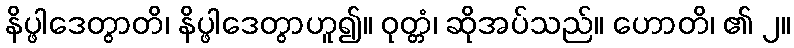
နိပ္ဖါဒေတွာတိ၊ နိပ္ဖါဒေတွာဟူ၍။ ဝုတ္တံ၊ ဆိုအပ်သည်။ ဟောတိ၊ ၏ ၂။